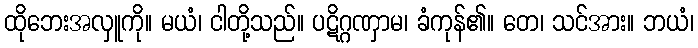
ထိုဘေးအလှူကို။ မယံ၊ ငါတို့သည်။ ပဋိဂ္ဂဏှာမ၊ ခံကုန်၏။ တေ၊ သင်အား။ ဘယံ၊